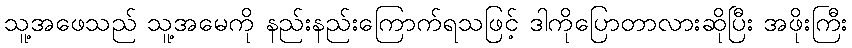
သူ့အဖေသည် သူ့အမေကို နည်းနည်းကြောက်ရသဖြင့် ဒါကိုပြောတာလားဆိုပြီး အဖိုးကြီး